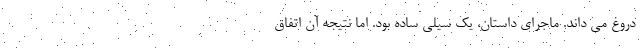
دروغ می داند. ماجرای داستان، یک سیلی ساده بود. اما نتیجه آن اتفاق